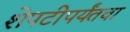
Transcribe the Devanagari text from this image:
शेपटीपर्यंतचा